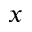
x